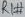
Text: RXT